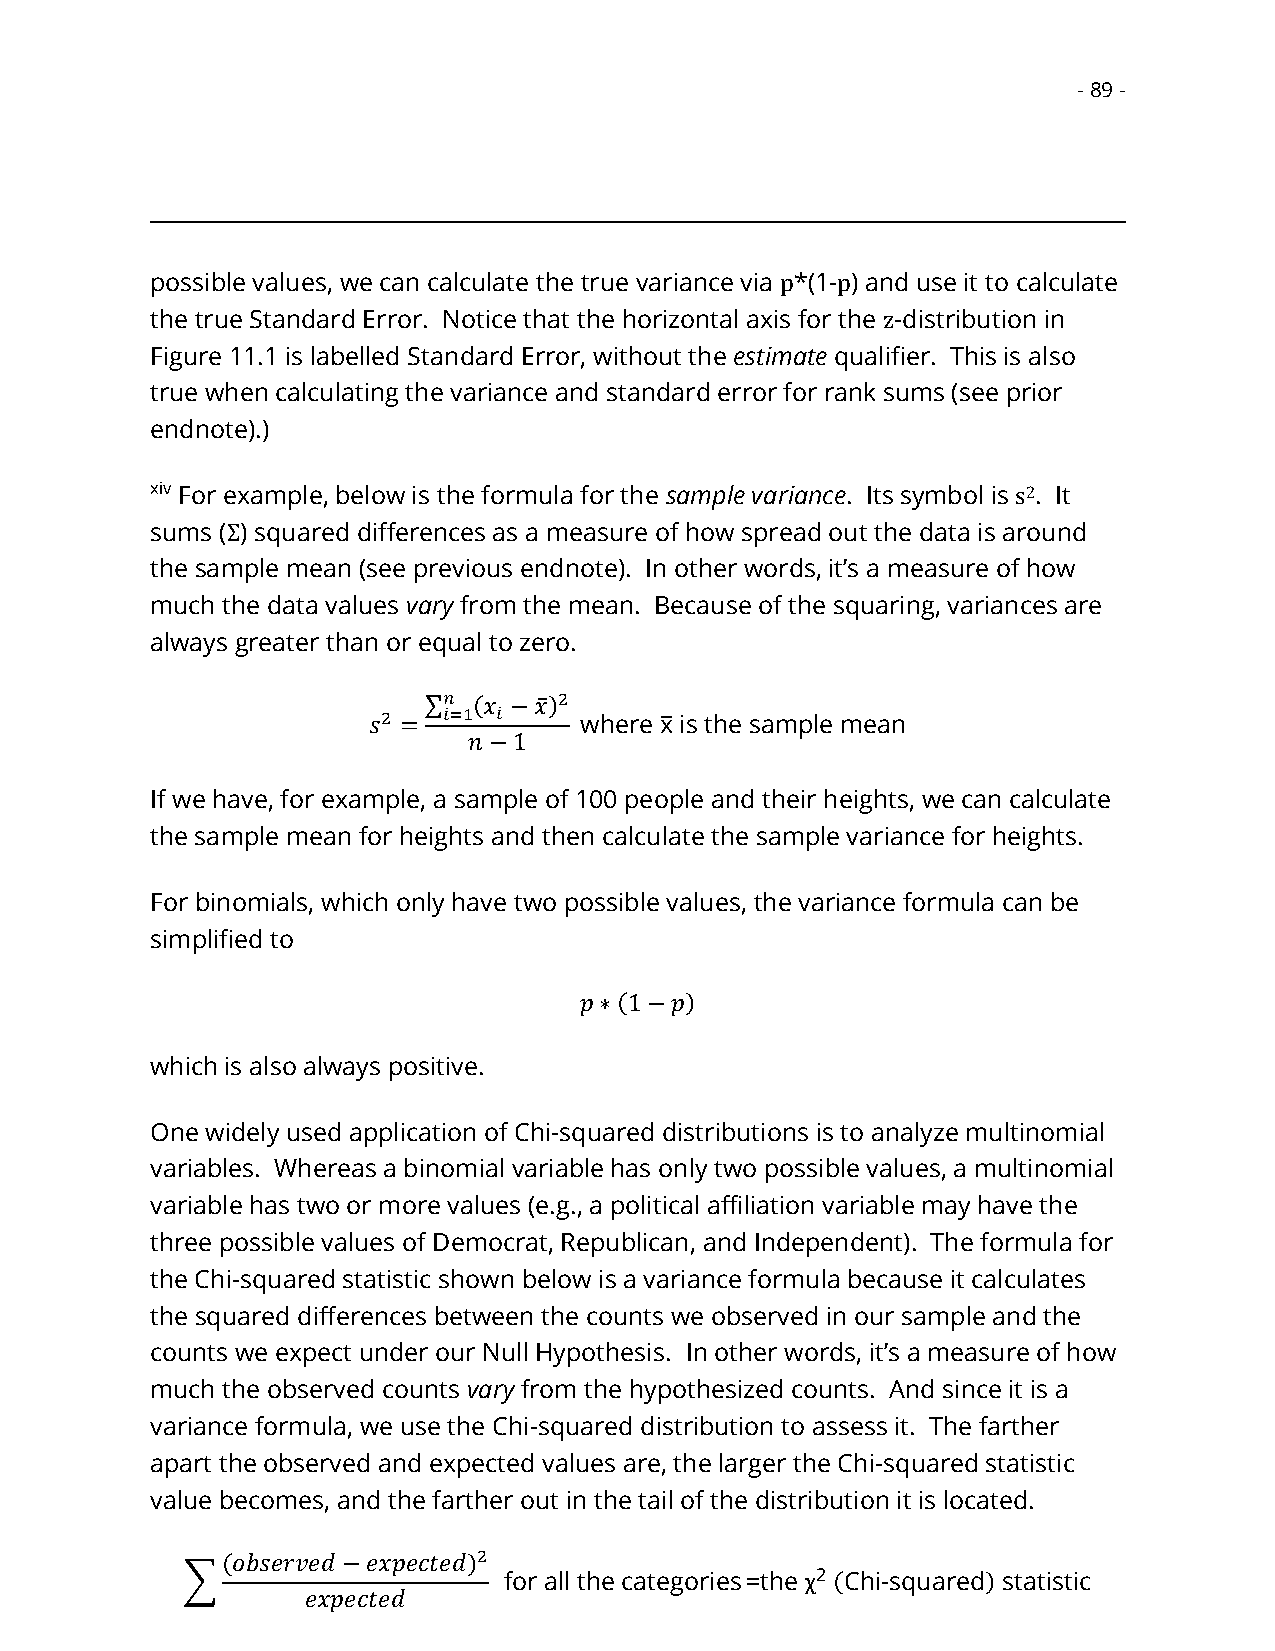
- 89 -
 possible values, we can calculate the true variance via p*(1-p) and use it to calculate
 the true Standard Error. Notice that the horizontal axis for the z-distribution in
 Figure 11.1 is labelled Standard Error, without the estimate qualifier. This is also
 true when calculating the variance and standard error for rank sums (see prior
 endnote).)
 xiv For example, below is the formula for the sample variance. Its symbol is s2. It
 sums (Σ) squared differences as a measure of how spread out the data is around
 the sample mean (see previous endnote). In other words, it’s a measure of how
 much the data values vary from the mean. Because of the squaring, variances are
 always greater than or equal to zero.
 ∑𝑛 (𝑥 −𝑥̅)2
 𝑠2 = 𝑖=1 𝑖    where x̅ is the sample mean
 𝑛−1
 If we have, for example, a sample of 100 people and their heights, we can calculate
 the sample mean for heights and then calculate the sample variance for heights.
 For binomials, which only have two possible values, the variance formula can be
 simplified to
 𝑝∗(1−𝑝)
 which is also always positive.
 One widely used application of Chi-squared distributions is to analyze multinomial
 variables. Whereas a binomial variable has only two possible values, a multinomial
 variable has two or more values (e.g., a political affiliation variable may have the
 three possible values of Democrat, Republican, and Independent). The formula for
 the Chi-squared statistic shown below is a variance formula because it calculates
 the squared differences between the counts we observed in our sample and the
 counts we expect under our Null Hypothesis. In other words, it’s a measure of how
 much the observed counts vary from the hypothesized counts. And since it is a
 variance formula, we use the Chi-squared distribution to assess it. The farther
 apart the observed and expected values are, the larger the Chi-squared statistic
 value becomes, and the farther out in the tail of the distribution it is located.
 (𝑜𝑏𝑠𝑒𝑟𝑣𝑒𝑑−𝑒𝑥𝑝𝑒𝑐𝑡𝑒𝑑)2
 ∑                    for all the categories=the χ2 (Chi-squared) statistic
 𝑒𝑥𝑝𝑒𝑐𝑡𝑒𝑑